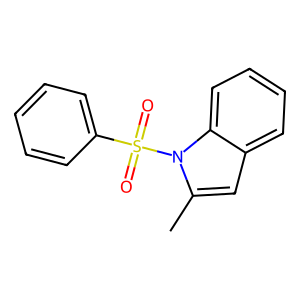
SMILES: Cc1cc2ccccc2n1S(=O)(=O)c1ccccc1
Inhibits HIV replication: No